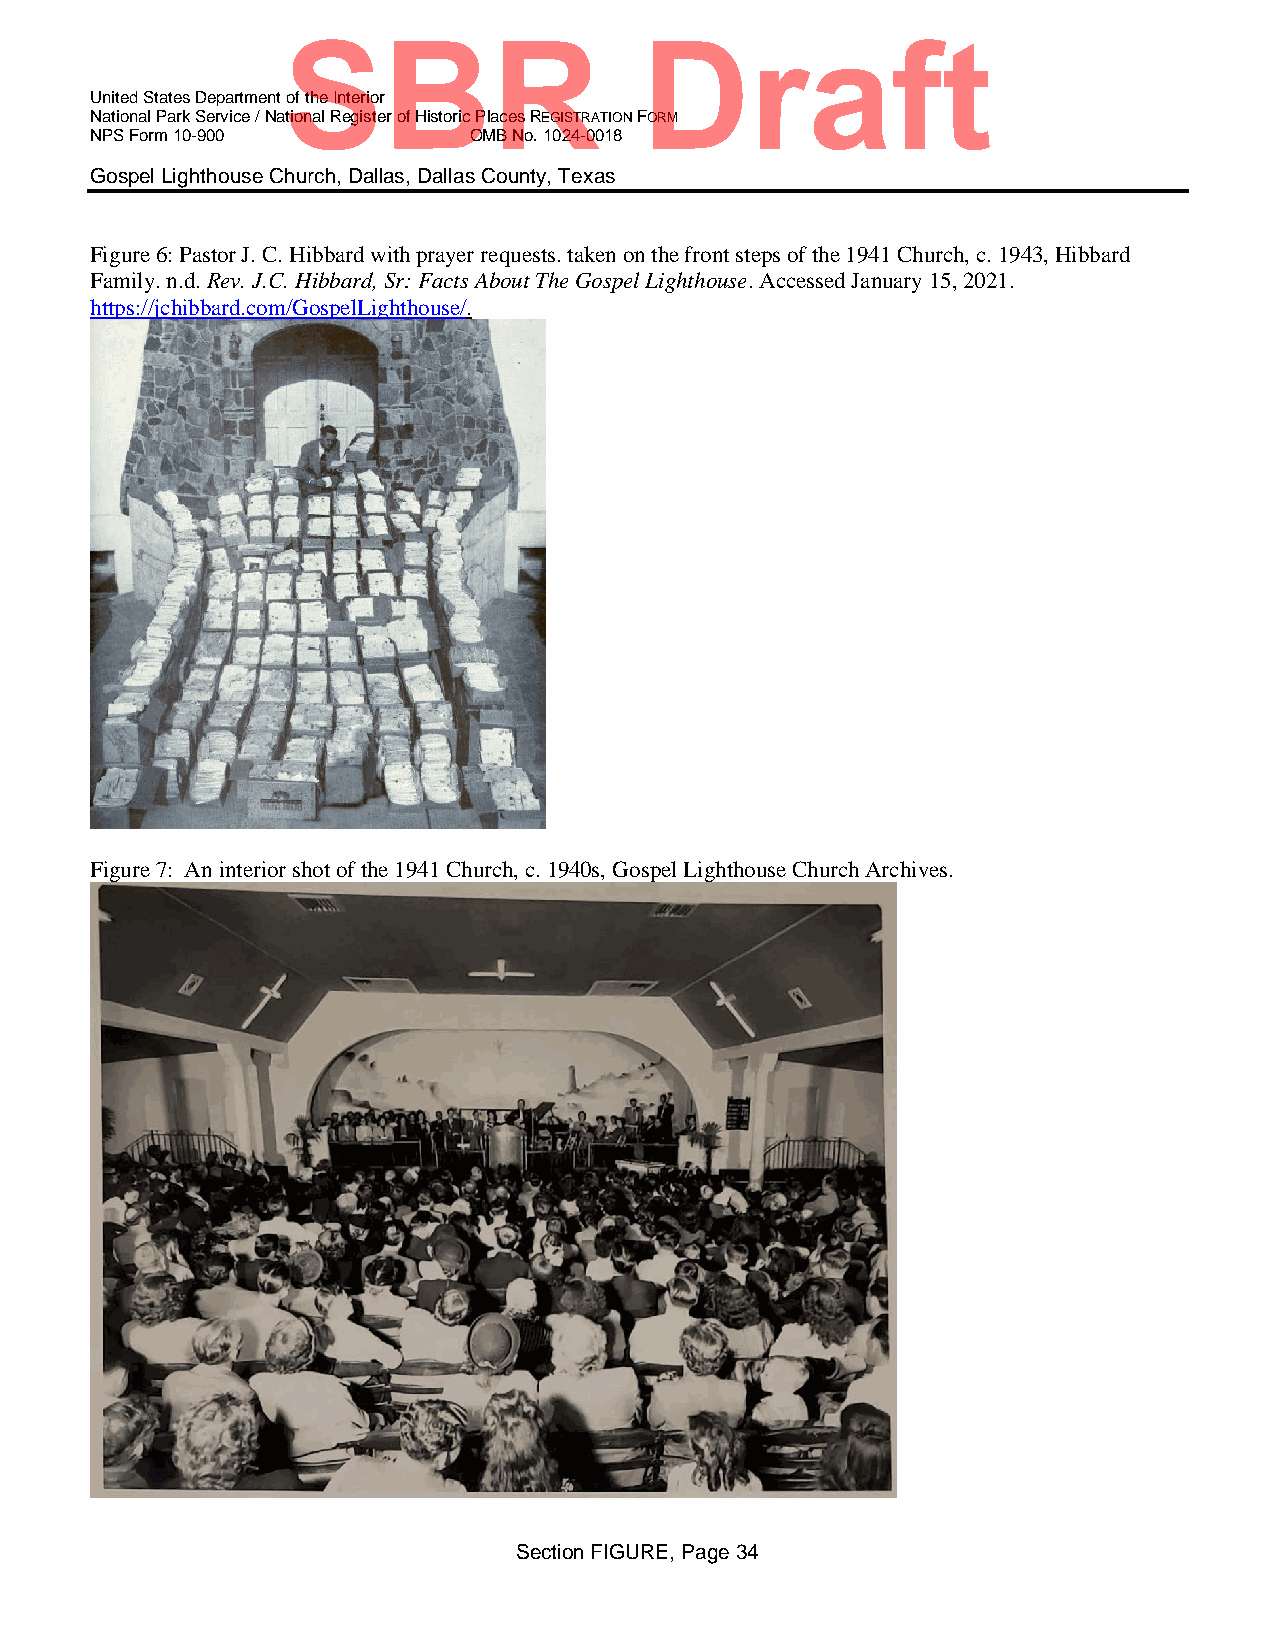
SBR                    Draft
 United States Department of the Interior
 National Park Service / National Register of Historic Places REGISTRATION FORM
 NPS Form 10-900          OMB No. 1024-0018
 Gospel Lighthouse Church, Dallas, Dallas County, Texas
 Figure 6: Pastor J. C. Hibbard with prayer requests. taken on the front steps of the 1941 Church, c. 1943, Hibbard
 Family. n.d. Rev. J.C. Hibbard, Sr: Facts About The Gospel Lighthouse. Accessed January 15, 2021.
 https://jchibbard.com/GospelLighthouse/.
 Figure 7: An interior shot of the 1941 Church, c. 1940s, Gospel Lighthouse Church Archives.
 Section FIGURE, Page 34